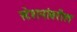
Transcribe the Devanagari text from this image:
स्टेशनांवरील